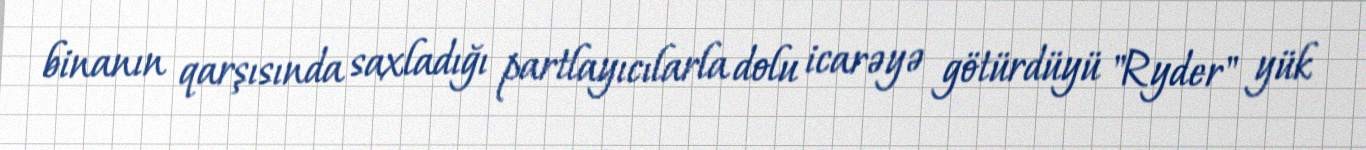
binanın qarşısında saxladığı partlayıcılarla dolu icarəyə götürdüyü "Ryder" yük